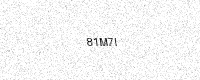
Text: 81M7I